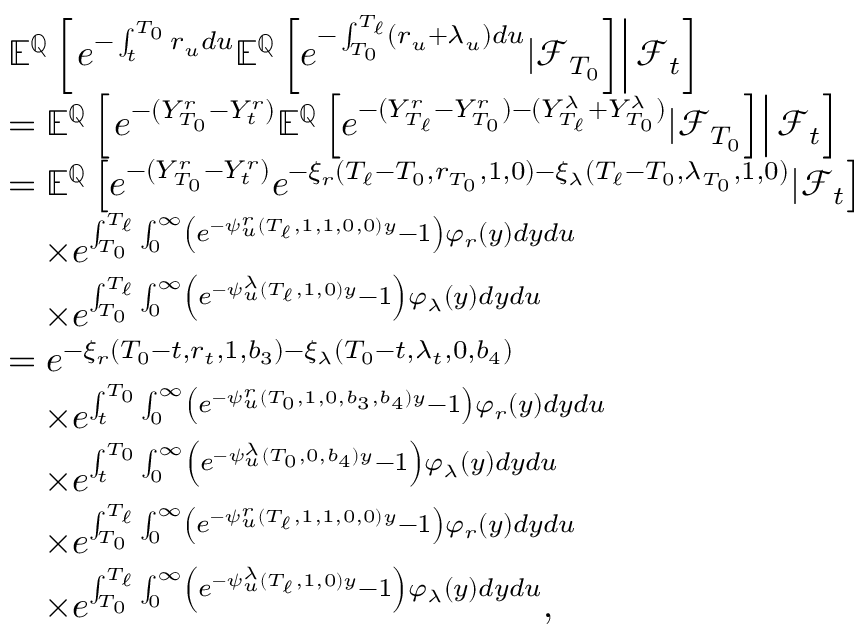
\begin{array} { r l } & { { \mathbb E } ^ { { \mathbb Q } } \left[ \left. e ^ { - \int _ { t } ^ { T _ { 0 } } r _ { u } d u } { \mathbb E } ^ { { \mathbb Q } } \left[ e ^ { - \int _ { T _ { 0 } } ^ { T _ { \ell } } ( r _ { u } + \lambda _ { u } ) d u } | { \mathcal F } _ { T _ { 0 } } \right] \right\rvert { \mathcal F } _ { t } \right] } \\ & { = { \mathbb E } ^ { { \mathbb Q } } \left[ \left. e ^ { - ( Y _ { T _ { 0 } } ^ { r } - Y _ { t } ^ { r } ) } { \mathbb E } ^ { { \mathbb Q } } \left[ e ^ { - ( Y _ { T _ { \ell } } ^ { r } - Y _ { T _ { 0 } } ^ { r } ) - ( Y _ { T _ { \ell } } ^ { \lambda } + Y _ { T _ { 0 } } ^ { \lambda } ) } | { \mathcal F } _ { T _ { 0 } } \right] \right\rvert { \mathcal F } _ { t } \right] } \\ & { = { \mathbb E } ^ { { \mathbb Q } } \left[ e ^ { - ( Y _ { T _ { 0 } } ^ { r } - Y _ { t } ^ { r } ) } e ^ { - \xi _ { r } ( T _ { \ell } - T _ { 0 } , r _ { T _ { 0 } } , 1 , 0 ) - \xi _ { \lambda } ( T _ { \ell } - T _ { 0 } , \lambda _ { T _ { 0 } } , 1 , 0 ) } | { \mathcal F } _ { t } \right] } \\ & { \ \ \ \times e ^ { \int _ { T _ { 0 } } ^ { T _ { \ell } } \int _ { 0 } ^ { \infty } \left( e ^ { - \psi _ { u } ^ { r } ( T _ { \ell } , 1 , 1 , 0 , 0 ) y } - 1 \right) \varphi _ { r } ( y ) d y d u } } \\ & { \ \ \ \times e ^ { \int _ { T _ { 0 } } ^ { T _ { \ell } } \int _ { 0 } ^ { \infty } \left( e ^ { - \psi _ { u } ^ { \lambda } ( T _ { \ell } , 1 , 0 ) y } - 1 \right) \varphi _ { \lambda } ( y ) d y d u } } \\ & { = e ^ { - \xi _ { r } ( T _ { 0 } - t , r _ { t } , 1 , b _ { 3 } ) - \xi _ { \lambda } ( T _ { 0 } - t , \lambda _ { t } , 0 , b _ { 4 } ) } } \\ & { \ \ \ \times e ^ { \int _ { t } ^ { T _ { 0 } } \int _ { 0 } ^ { \infty } \left( e ^ { - \psi _ { u } ^ { r } ( T _ { 0 } , 1 , 0 , b _ { 3 } , b _ { 4 } ) y } - 1 \right) \varphi _ { r } ( y ) d y d u } } \\ & { \ \ \ \times e ^ { \int _ { t } ^ { T _ { 0 } } \int _ { 0 } ^ { \infty } \left( e ^ { - \psi _ { u } ^ { \lambda } ( T _ { 0 } , 0 , b _ { 4 } ) y } - 1 \right) \varphi _ { \lambda } ( y ) d y d u } } \\ & { \ \ \ \times e ^ { \int _ { T _ { 0 } } ^ { T _ { \ell } } \int _ { 0 } ^ { \infty } \left( e ^ { - \psi _ { u } ^ { r } ( T _ { \ell } , 1 , 1 , 0 , 0 ) y } - 1 \right) \varphi _ { r } ( y ) d y d u } } \\ & { \ \ \ \times e ^ { \int _ { T _ { 0 } } ^ { T _ { \ell } } \int _ { 0 } ^ { \infty } \left( e ^ { - \psi _ { u } ^ { \lambda } ( T _ { \ell } , 1 , 0 ) y } - 1 \right) \varphi _ { \lambda } ( y ) d y d u } , } \end{array}